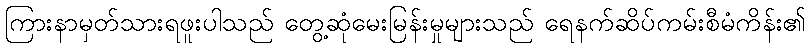
ကြားနာမှတ်သားရဖူးပါသည် တွေ့ဆုံမေးမြန်းမှုများသည် ရေနက်ဆိပ်ကမ်းစီမံကိန်း၏